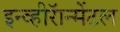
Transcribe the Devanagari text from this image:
इन्व्हीरॅान्मेंटल